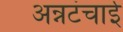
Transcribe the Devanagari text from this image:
अन्नटंचाई